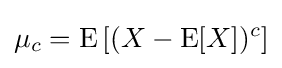
\mu _{c}=\operatorname {E} \left[(X-\operatorname {E} [X])^{c}\right]